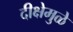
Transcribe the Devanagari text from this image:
दीक्षेमुळे